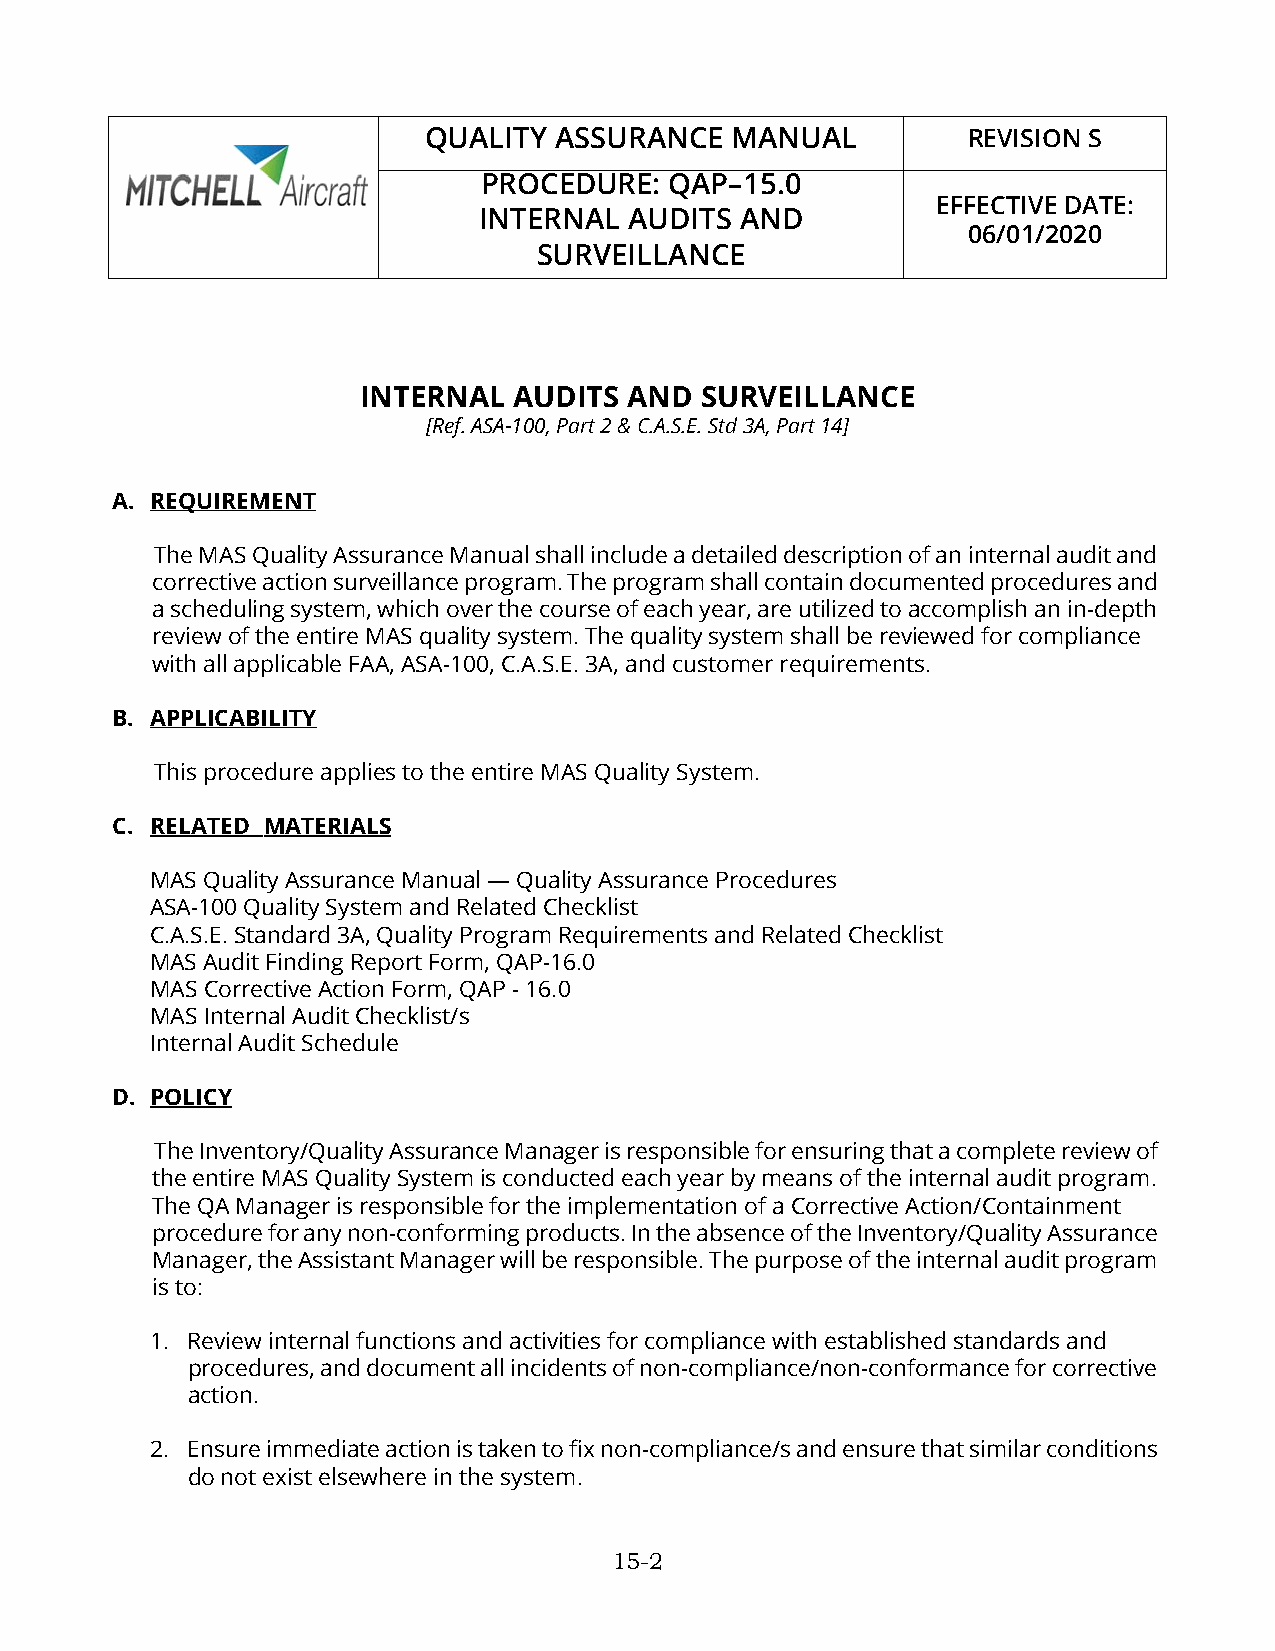
QUALITY  ASSURANCE  MANUAL          REVISION S
 PROCEDURE:  QAP–15.0
 EFFECTIVE DATE:
 INTERNAL  AUDITS AND
 06/01/2020
 SURVEILLANCE
 INTERNAL  AUDITS  AND SURVEILLANCE
 [Ref. ASA-100, Part 2 & C.A.S.E. Std 3A, Part 14]
 A. REQUIREMENT
 The MAS Quality Assurance Manual shall include a detailed description of an internal audit and
 corrective action surveillance program. The program shall contain documented procedures and
 a scheduling system, which over the course of each year, are utilized to accomplish an in-depth
 review of the entire MAS quality system. The quality system shall be reviewed for compliance
 with all applicable FAA, ASA-100, C.A.S.E. 3A, and customer requirements.
 B. APPLICABILITY
 This procedure applies to the entire MAS Quality System.
 C. RELATED MATERIALS
 MAS Quality Assurance Manual — Quality Assurance Procedures
 ASA-100 Quality System and Related Checklist
 C.A.S.E. Standard 3A, Quality Program Requirements and Related Checklist
 MAS Audit Finding Report Form, QAP-16.0
 MAS Corrective Action Form, QAP - 16.0
 MAS Internal Audit Checklist/s
 Internal Audit Schedule
 D. POLICY
 The Inventory/Quality Assurance Manager is responsible for ensuring that a complete review of
 the entire MAS Quality System is conducted each year by means of the internal audit program.
 The QA Manager is responsible for the implementation of a Corrective Action/Containment
 procedure for any non-conforming products. In the absence of the Inventory/Quality Assurance
 Manager, the Assistant Manager will be responsible. The purpose of the internal audit program
 is to:
 1. Review internal functions and activities for compliance with established standards and
 procedures, and document all incidents of non-compliance/non-conformance for corrective
 action.
 2. Ensure immediate action is taken to fix non-compliance/s and ensure that similar conditions
 do not exist elsewhere in the system.
 15-2